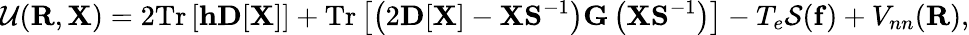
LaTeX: {\displaystyle{\cal U}({\mathbf R},{\mathbf X})=2\mathrm{Tr}\left[{\mathbf h}{\mathbf D}[{\mathbf X}]\right]+\mathrm{Tr}\left[\left(2{\mathbf D}[{\mathbf X}]-{\mathbf X}{\mathbf S}^{-1}\right){\mathbf G}\left({\mathbf X}{\mathbf S}^{-1}\right)\right]-T_{e}{\cal S}({\mathbf f})+V_{nn}({\mathbf R})},